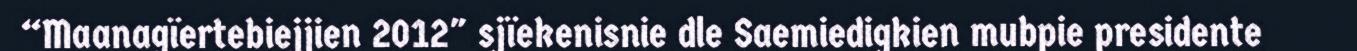
“Maanagïertebiejjien 2012" sjïekenisnie dle Saemiedigkien mubpie presidente